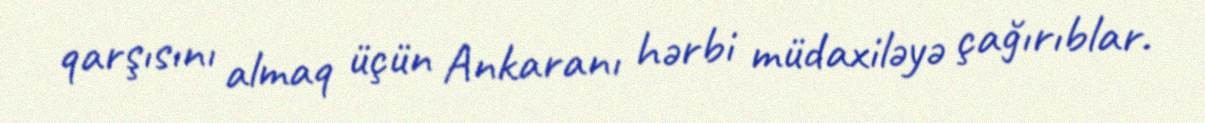
qarşısını almaq üçün Ankaranı hərbi müdaxiləyə çağırıblar.